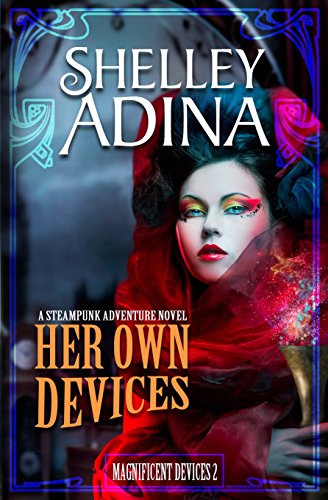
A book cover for Her Own Devices: A steampunk adventure novel (Magnificent Devices, Book Two); Shelley Adina; Science Fiction & Fantasy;